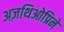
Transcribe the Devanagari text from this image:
अज़थिओप्रिने